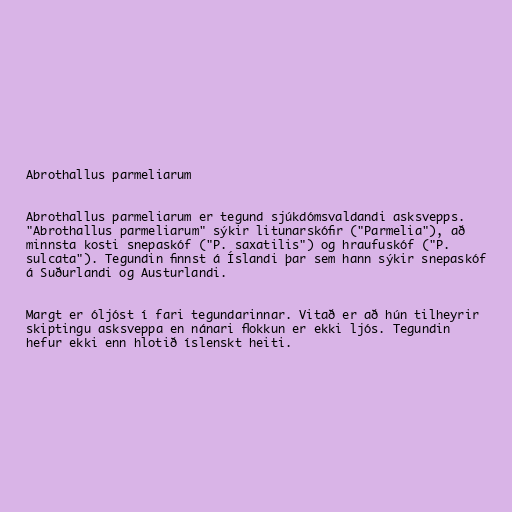
Abrothallus parmeliarum

Abrothallus parmeliarum er tegund sjúkdómsvaldandi asksvepps.
"Abrothallus parmeliarum" sýkir litunarskófir ("Parmelia"), að
minnsta kosti snepaskóf ("P. saxatilis") og hraufuskóf ("P.
sulcata"). Tegundin finnst á Íslandi þar sem hann sýkir snepaskóf
á Suðurlandi og Austurlandi.

Margt er óljóst í fari tegundarinnar. Vitað er að hún tilheyrir
skiptingu asksveppa en nánari flokkun er ekki ljós. Tegundin
hefur ekki enn hlotið íslenskt heiti.